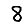
Digit: 8